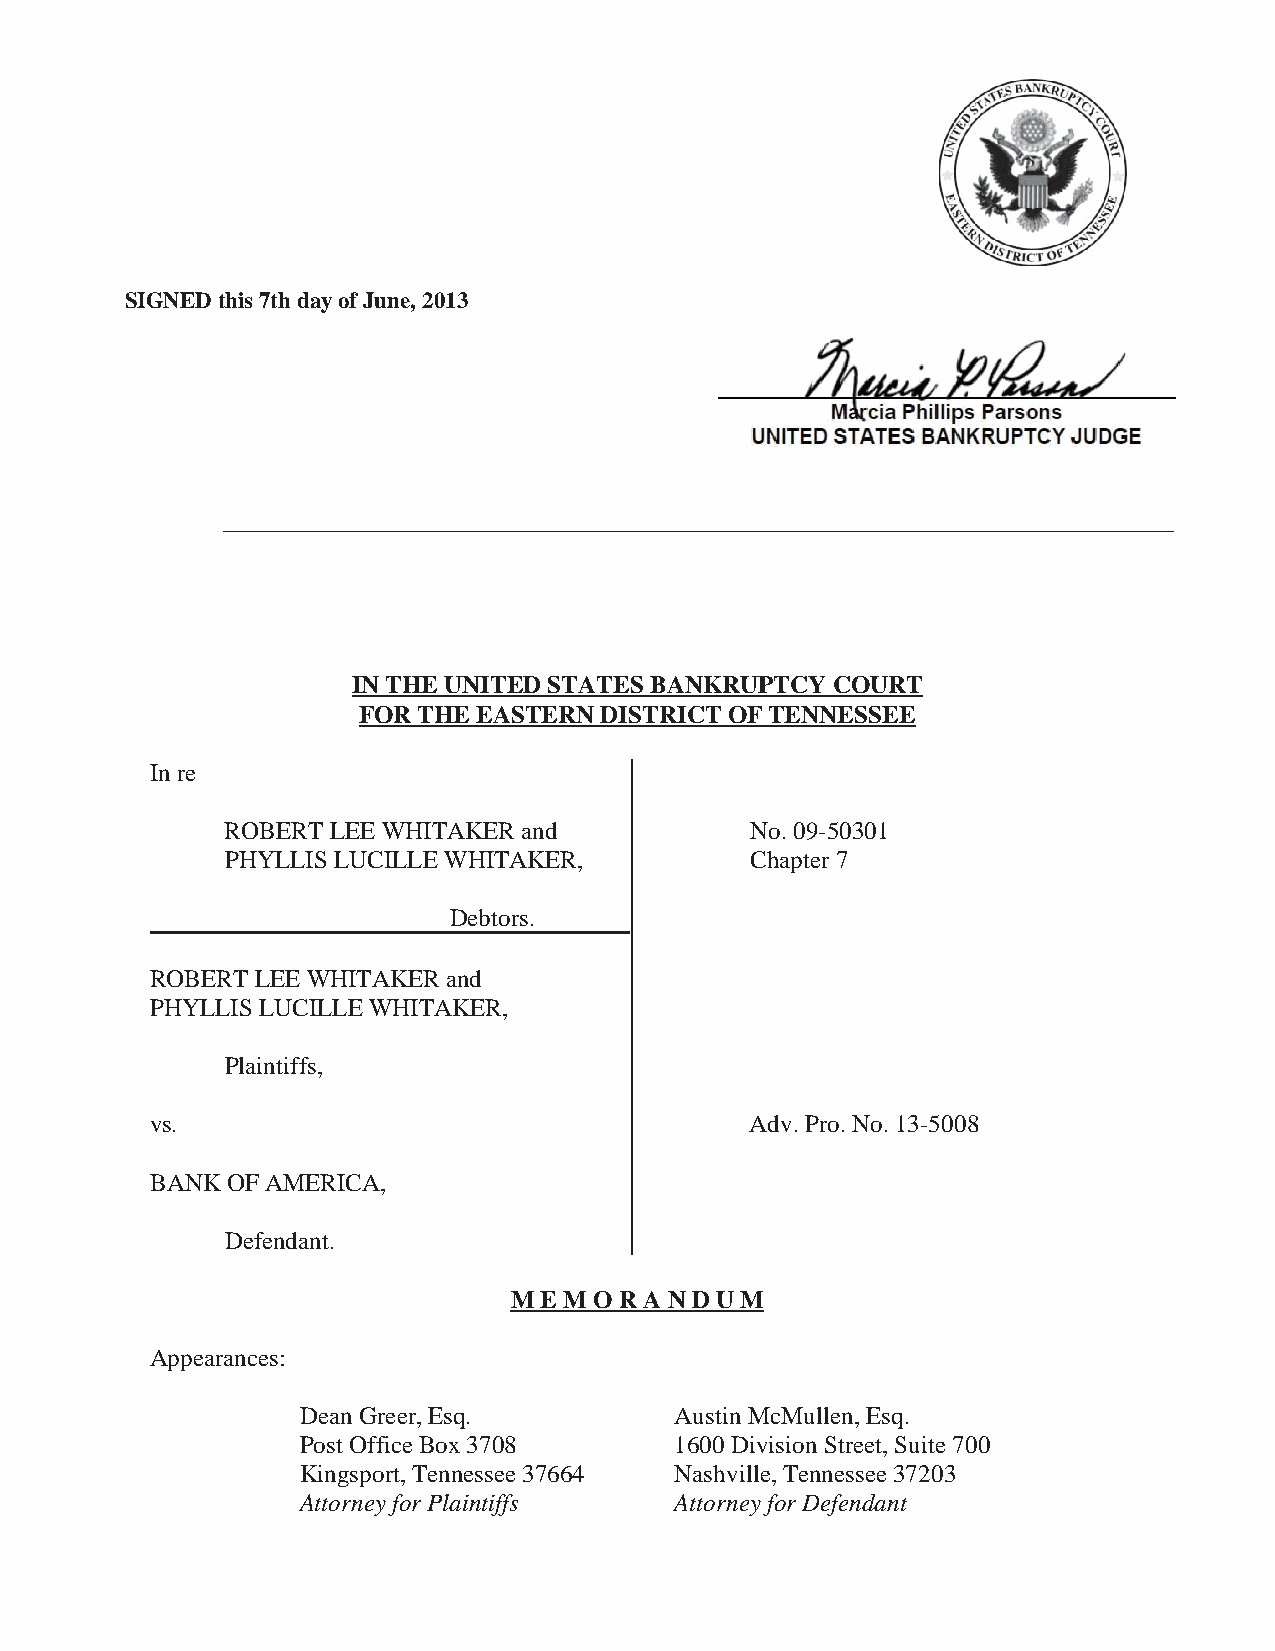
SIGNED this 7th day of June, 2013
 ________________________________________________________________
 IN THE UNITED STATES BANKRUPTCY COURT
 FOR THE EASTERN DISTRICT OF TENNESSEE
 In re
 ROBERT LEE WHITAKER and            No. 09-50301
 PHYLLIS LUCILLE WHITAKER,          Chapter 7
 Debtors.
 ROBERT LEE WHITAKER and
 PHYLLIS LUCILLE WHITAKER,
 Plaintiffs,
 vs.                                     Adv. Pro. No. 13-5008
 BANK OF AMERICA,
 Defendant.
 M E M O R A N D U M
 Appearances:
 Dean Greer, Esq.         Austin McMullen, Esq.
 Post Office Box 3708     1600 Division Street, Suite 700
 Kingsport, Tennessee 37664 Nashville, Tennessee 37203
 Attorney for Plaintiffs  Attorney for Defendant